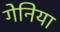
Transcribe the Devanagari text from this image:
गेनिया